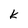
Character: K